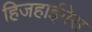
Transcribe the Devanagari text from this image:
हिजहाईनेस